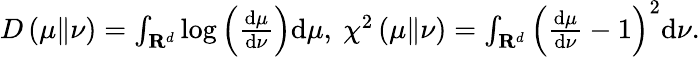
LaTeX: \begin{array}{r}{D\left(\mu\| \nu\right)=\int_{\mathbf{R}^{d}}\log\left(\frac{\mathrm{d}\mu}{\mathrm{d}\nu}\right)\mathrm{d}\mu,\ \chi^{2}\left(\mu\| \nu\right)=\int_{\mathbf{R}^{d}}\left(\frac{\mathrm{d}\mu}{\mathrm{d}\nu}-1\right)^{2}\mathrm{d}\nu.}\end{array}